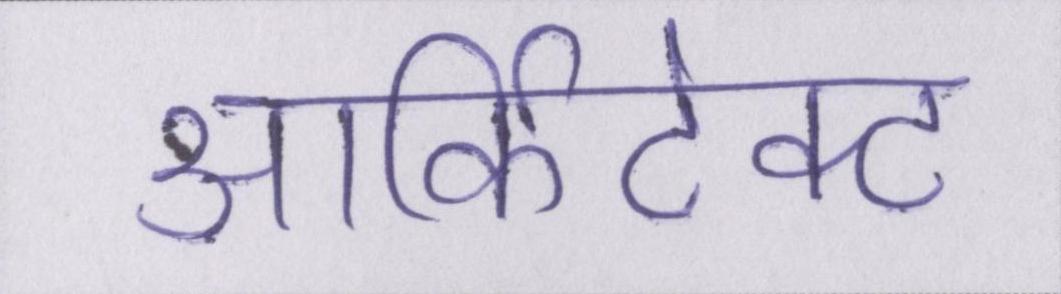
आर्किटेक्ट